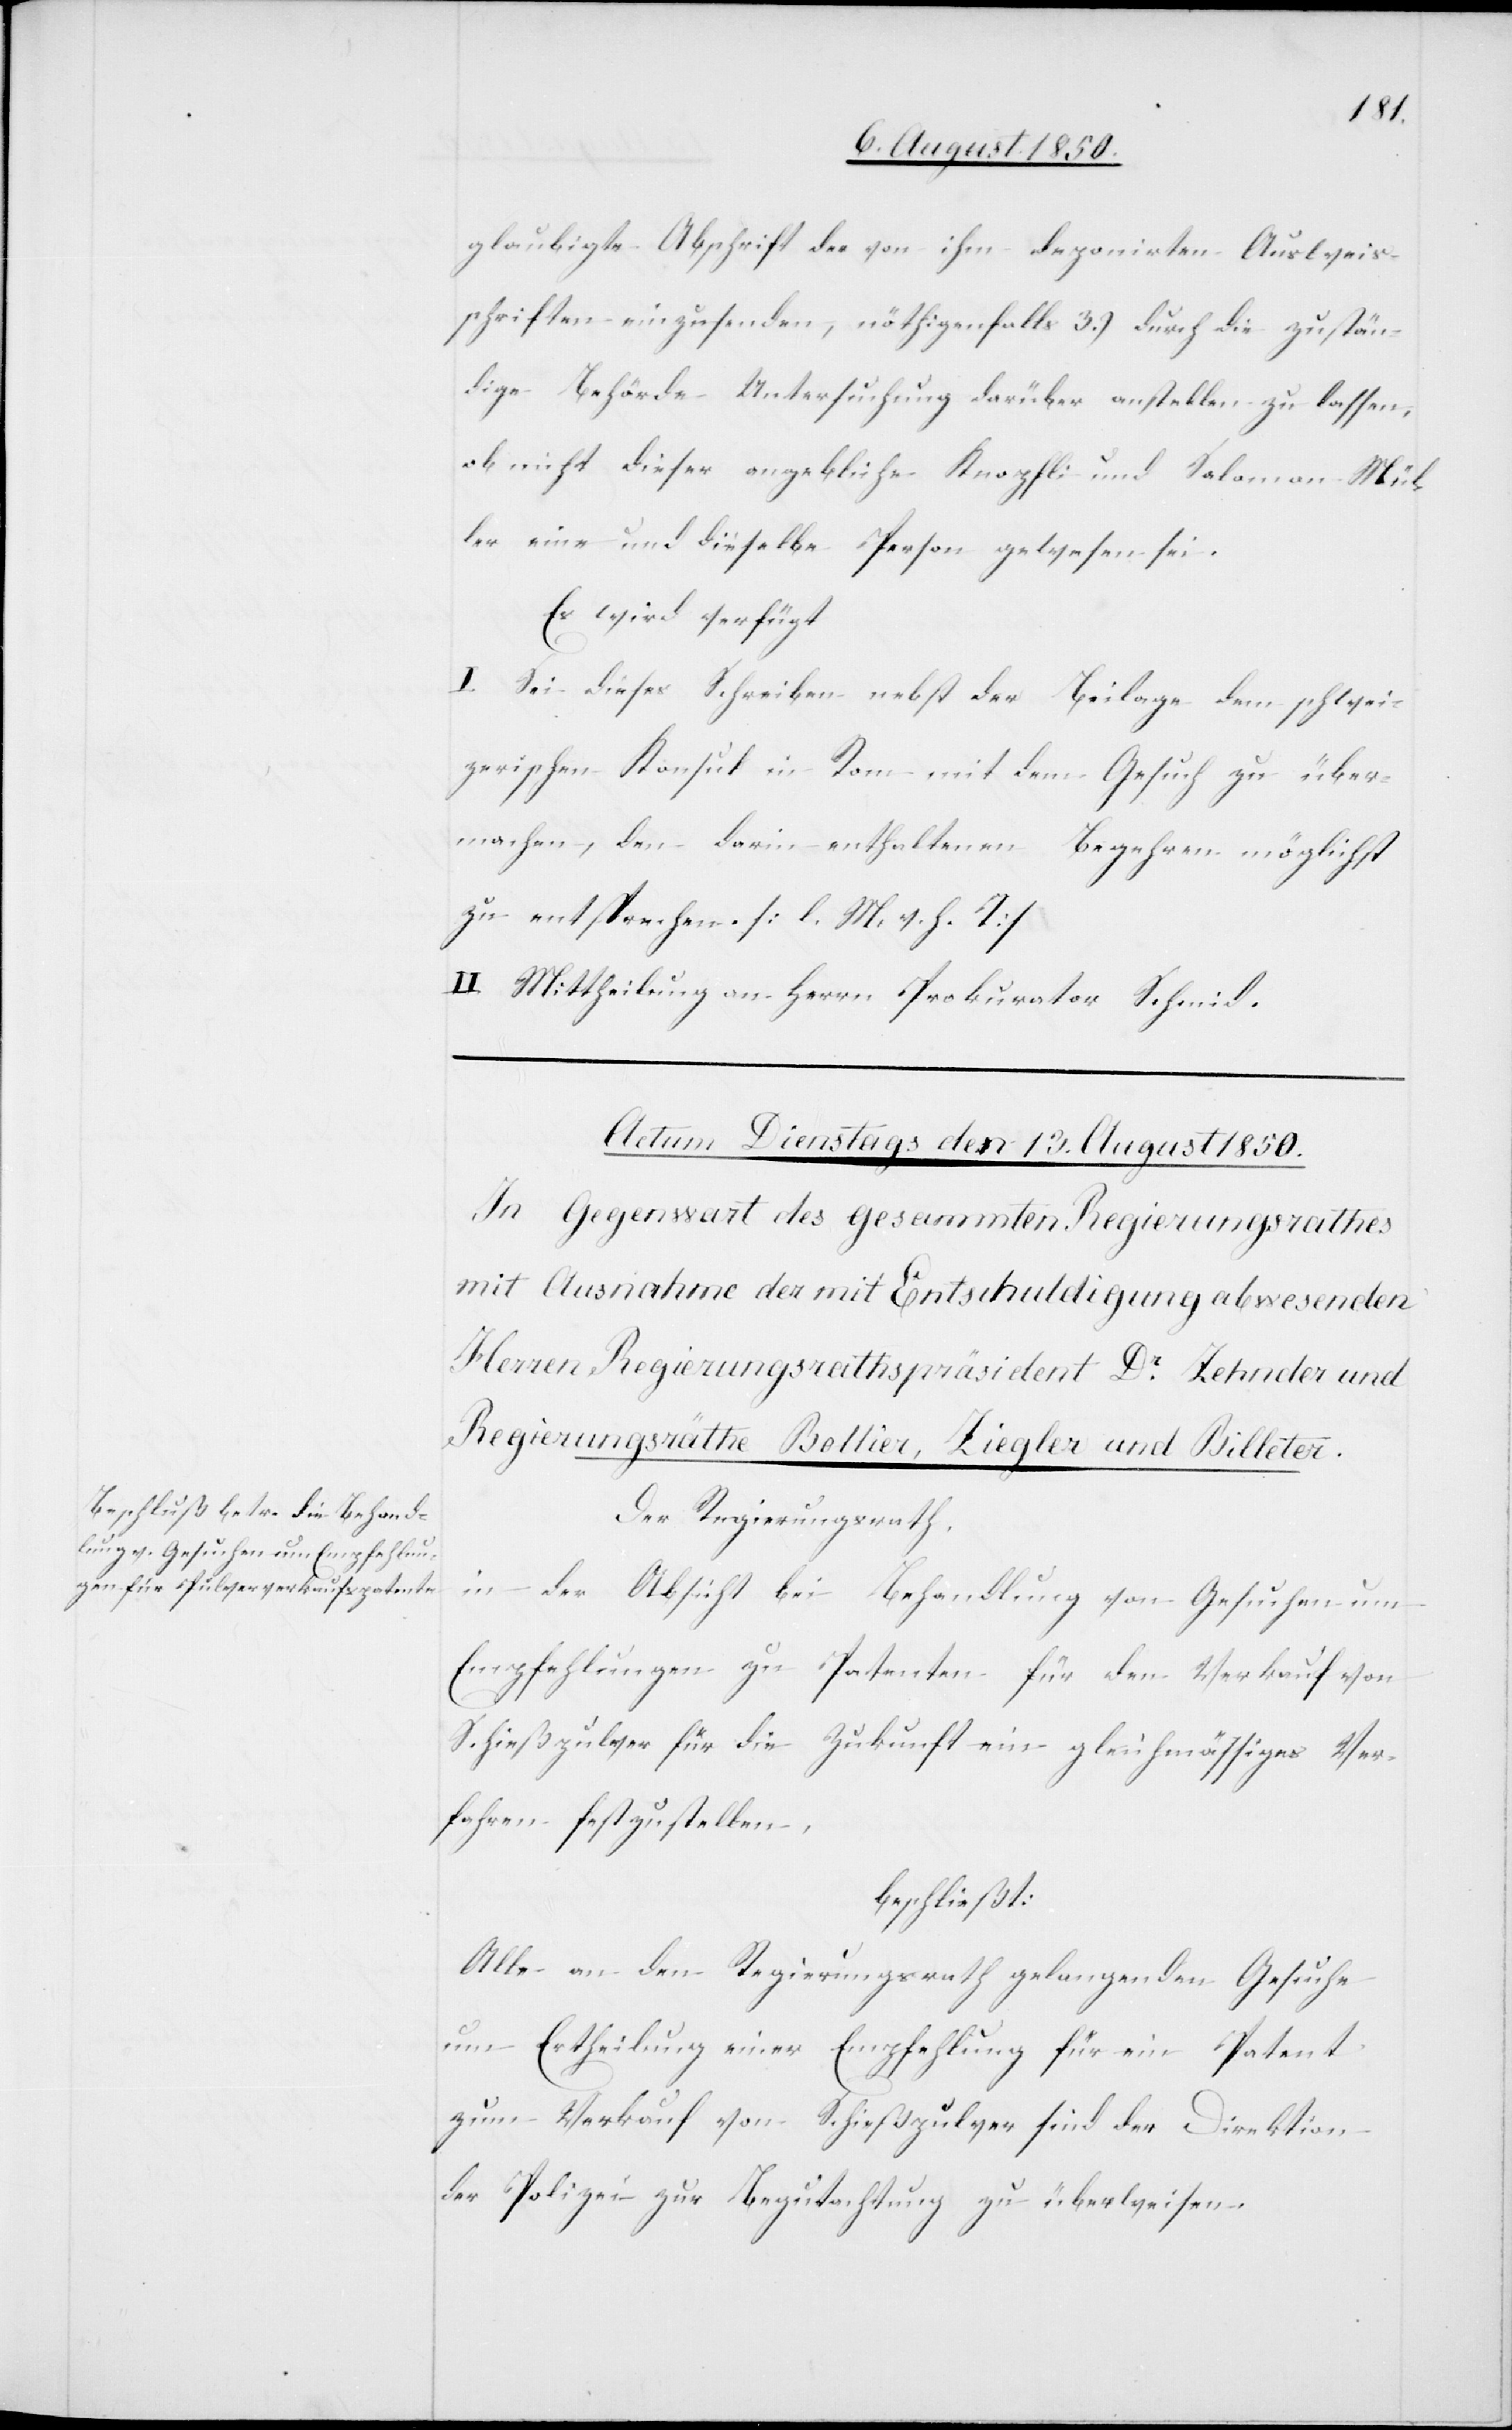
glaubigte Abschrift der von ihm deponirten Ausweis¬
schriften einzusenden, nöthigenfalls 3.) durch die zustän¬
dige Behörde Untersuchung darüber anstellen zu lassen,
ob nicht dieser angebliche Knopfli und Salomon Mül¬
ler eine und dieselbe Person gewesen sei.
Es wird verfügt:
I. Sei dieses Schreiben nebst der Beilage dem schwei¬
zerischen Konsul in Rom mit dem Gesuch zu über¬
machen, den darin enthaltenen Begehren möglichst
zu entsprechen. [l. M. v. h. T]
II. Mittheilung an Herrn Prokurator Schmid.
Der Regierungsrath.
in der Absicht bei Behandlung von Gesuchen um
Empfehlungen zu Patenten für den Verkauf von
Schießpulver für die Zukunft ein gleichmässiges Ver¬
fahren festzustellen,
beschließt:
Alle an den Regierungsrath gelangenden Gesuche
um Ertheilung einer Empfehlung für ein Patent
zum Verkauf von Schießpulver sind der Direktion
der Polizei zur Begutachtung zu überweisen.